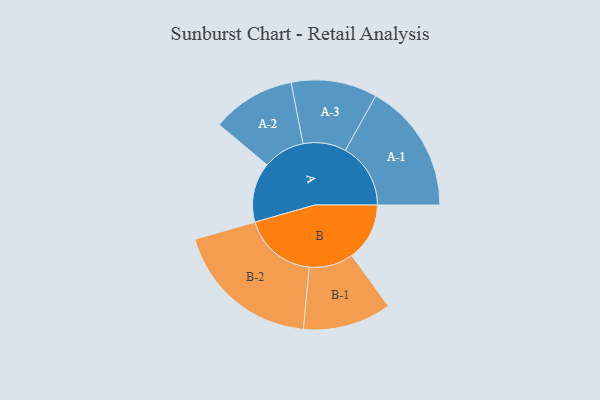
{"axis": {"x": "Segment", "y": "Value"}, "legend": ["", "A", "B"], "data": [{"x": "A", "y": 242, "type": ""}, {"x": "B", "y": 234, "type": ""}, {"x": "A-1", "y": 264, "type": "A"}, {"x": "A-2", "y": 169, "type": "A"}, {"x": "A-3", "y": 174, "type": "A"}, {"x": "B-1", "y": 179, "type": "B"}, {"x": "B-2", "y": 298, "type": "B"}]}